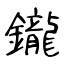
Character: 鑨